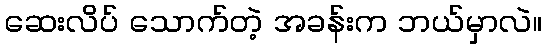
ဆေးလိပ် သောက်တဲ့ အခန်းက ဘယ်မှာလဲ။